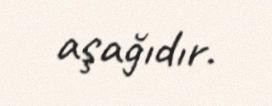
aşağıdır.